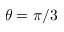
\theta = \pi / 3